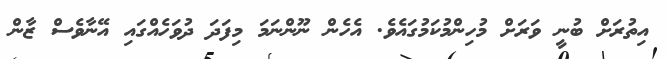
އިތުރަށް ބުނީ ވަރަށް މުހިންމުކަމުގައެވެ. އެހެން ނޫންނަމަ މިފަދަ ދުވަހެއްގައި އޭނާވެސް ޒާން